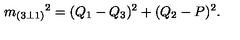
{ m _ { ( 3 \bot 1 ) } } ^ { 2 } = ( Q _ { 1 } - Q _ { 3 } ) ^ { 2 } + ( Q _ { 2 } - P ) ^ { 2 } .